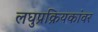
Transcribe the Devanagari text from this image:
लघुप्रक्रियकांवर